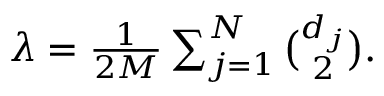
\begin{array} { r } { \lambda = \frac { 1 } { 2 M } \sum _ { j = 1 } ^ { N } \binom { d _ { j } } { 2 } . } \end{array}